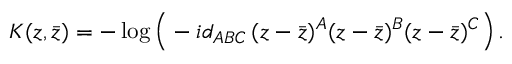
K ( z , \bar { z } ) = - \log \Big ( - i d _ { A B C } \, ( z - \bar { z } ) ^ { A } ( z - \bar { z } ) ^ { B } ( z - \bar { z } ) ^ { C } \Big ) \, .